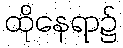
ထိုနေရာ၌